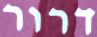
דרור